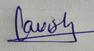
Signature authenticity: genuine